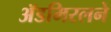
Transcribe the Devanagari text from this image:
ॲडमिरलने